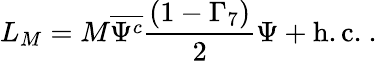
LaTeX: L_{M}=M\overline{{{\Psi^{c}}}}\frac{(1-\Gamma_{7})}{2}\Psi+\mathrm{h.c.}~.